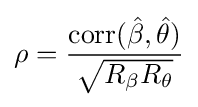
\rho ={\frac {{\mbox{corr}}({\hat {\beta }},{\hat {\theta }})}{\sqrt {R_{\beta }R_{\theta }}}}